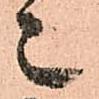
々